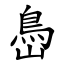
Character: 㠀